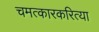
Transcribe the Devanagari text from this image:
चमत्कारकरित्या